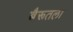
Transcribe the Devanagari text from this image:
बैरूतला